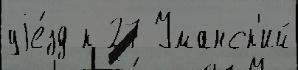
уjе́зд к 27 Уманск'ий